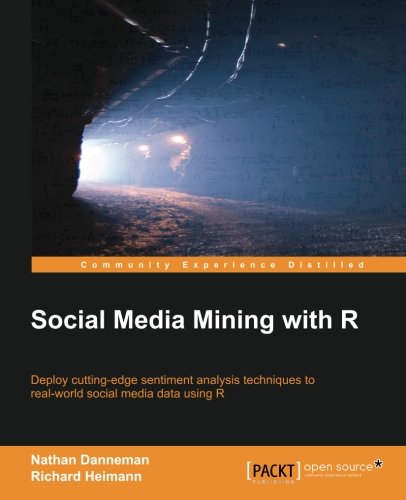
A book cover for Social Media Mining with R; Nathan Danneman; Computers & Technology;